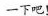
一下吧！